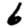
Digit: 6